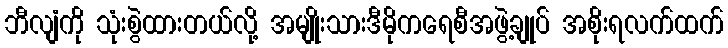
ဘီလျံကို သုံးစွဲထားတယ်လို့ အမျိုးသားဒီမိုကရေစီအဖွဲ့ချုပ် အစိုးရလက်ထက်